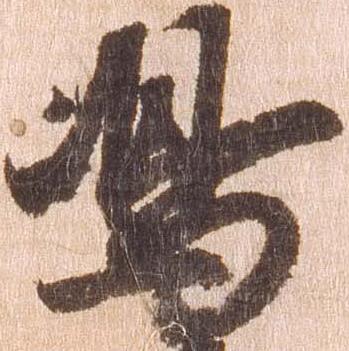
嶋